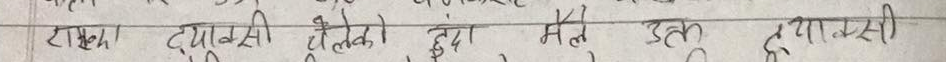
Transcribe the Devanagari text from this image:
टाट्या टुंग्यासी त्यैलेको हुँदा मलाई उक्त ड्यासी